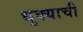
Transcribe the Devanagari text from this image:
धुक्याची